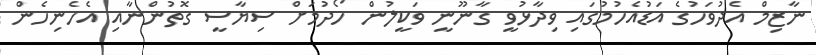
ނާޒިމް އެދުވަހުގެ އަޑުއެހުމުގައި ވިދާޅުވީ ގާނޫނީ ވަކީލުން ހޯދުމަށް ސިޔާސީ ގޮތުންނާއި އެހެނިހެން